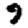
Digit: 9